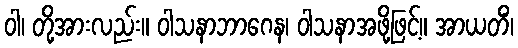
ဝါ၊ တို့အားလည်း။ ဝါသနာဘာဂေန၊ ဝါသနာအဖို့ဖြင့်။ အာယတိံ၊